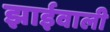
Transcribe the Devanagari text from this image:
झाईवाली